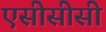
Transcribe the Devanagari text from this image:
एसीसीसी